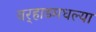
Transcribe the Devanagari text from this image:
वर्‍हाडमधल्या